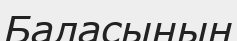
Баласының